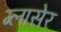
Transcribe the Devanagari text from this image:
ग्लासेर